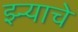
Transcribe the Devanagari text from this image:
झ्ऱ्याचे